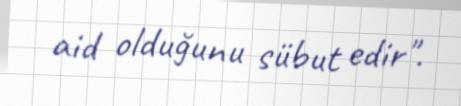
aid olduğunu sübut edir".